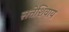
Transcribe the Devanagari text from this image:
सत्तेशिवाय